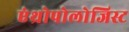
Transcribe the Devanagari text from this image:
एंथ्रोपोलोजिस्ट